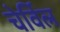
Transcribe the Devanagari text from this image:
चेर्विल